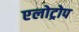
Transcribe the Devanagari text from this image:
एलोट्रोप